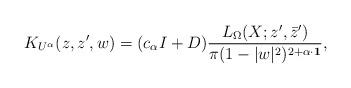
LaTeX: \begin{align*}K_{U^{\alpha}}(z,z^{\prime},w)=(c_{\alpha}I+D)\frac{L_{\Omega}(X;z^{\prime},\bar{z}^{\prime})}{\pi(1-|w|^2)^{2+\alpha\cdot\mathbf 1}},\end{align*}